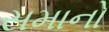
સમાનો